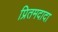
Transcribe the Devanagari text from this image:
प्रितमदादा